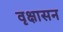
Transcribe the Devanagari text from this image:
वृक्षासन